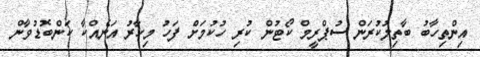
އިންތިހާބު ބާތިލުކުރަން ސުޕްރީމް ކޯޓުން ކުރި ހުކުމަށް ފަހު މިހާރު އަނެއްކާ ކަންބޮޑުވާން